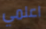
اعلمي